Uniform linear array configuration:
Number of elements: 12
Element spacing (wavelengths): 0.75
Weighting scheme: hamming
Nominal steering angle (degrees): -15
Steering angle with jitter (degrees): -15.089
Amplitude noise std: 0.05
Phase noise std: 0.05

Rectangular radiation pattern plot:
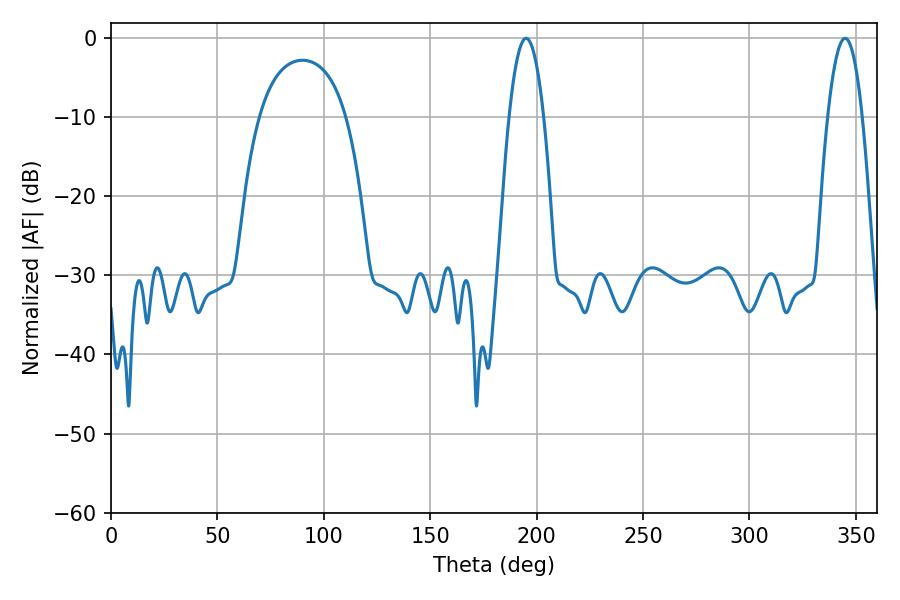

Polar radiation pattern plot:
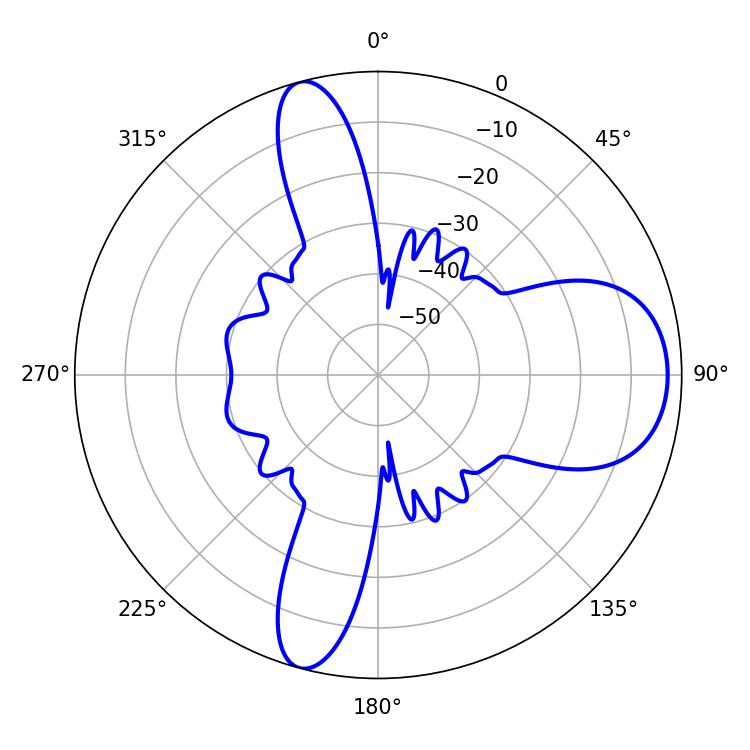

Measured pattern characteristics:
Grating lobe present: TRUE
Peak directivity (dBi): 10.602
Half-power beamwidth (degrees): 9
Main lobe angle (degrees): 195.12